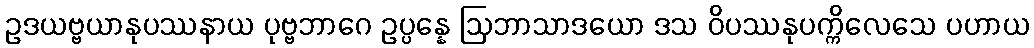
ဥဒယဗ္ဗယာနုပဿနာယ ပုဗ္ဗဘာဂေ ဥပ္ပန္နေ ဩဘာသာဒယော ဒသ ဝိပဿနုပက္ကိလေသေ ပဟာယ